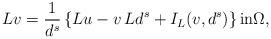
LaTeX: \begin{align*}Lv=\frac{1}{d^s}\left\{Lu-v\,Ld^s+I_L(v,d^s)\right\}\textrm{in}\Omega,\end{align*}